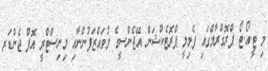
މި ޓީ.އޯ.ޓޯ ޕްރޮގްރާމްގައި ފެމިލީ ޕްރޮޓެކްޝަން އޭޖެންސީގެ މުވައްޒަފުންނާއި މިނިސްޓްރީ އޮފް ޖެންޑަރ